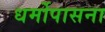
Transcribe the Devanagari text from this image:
धर्मोपासना